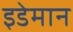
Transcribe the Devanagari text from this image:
इडेमान